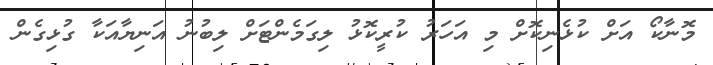
މޮނާކޯ އަށް ކުޅެނިކޮށް މި އަހަރު ކުރީކޮޅު ލިގަމެންޓަށް ލިބުނު އަނިޔާއަކާ ގުޅިގެން